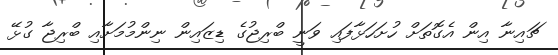
ޗައިނާ އިން އެގޮތަށް ހުށަހަޅާފައި ވަނީ ބްރިޖުގެ ޑިޒައިން ނިންމުމަށާއި ބްރިޖާ ގުޅޭ